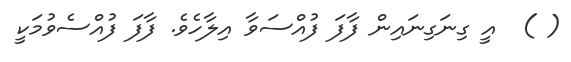
( )  އީ ގިނަގިނައިން ފާފަ ފުއްސަވާ އިލާހެވެ. ފާފަ ފުއްސެވުމަކީ